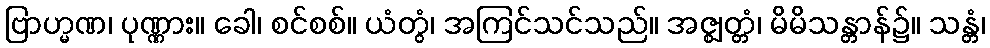
ဗြာဟ္မဏ၊ ပုဏ္ဏား။ ခေါ၊ စင်စစ်။ ယံတွံ၊ အကြင်သင်သည်။ အဇ္ဈတ္တံ၊ မိမိသန္တာန်၌။ သန္တံ၊